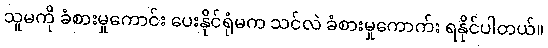
သူမကို ခံစားမှုကောင်း ပေးနိုင်ရုံမက သင်လဲ ခံစားမှုကောက်း ရနိုင်ပါတယ်။